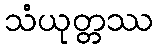
သံယုတ္တဿ